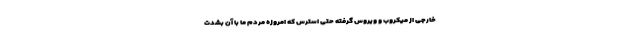
خارجی از میکروب و ویروس گرفته حتی استرس که امروزه مردم ما با آن بشدت